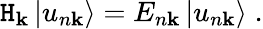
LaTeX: \mathtt{H}_{\mathbf{{k}}}\left|u_{n\mathbf{{k}}}\right\rangle=E_{n\mathbf{{k}}}\left|u_{n\mathbf{{k}}}\right\rangle\; .